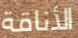
الأناقة